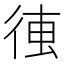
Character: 𰐰